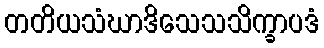
တတိယသံဃာဒိသေသသိက္ခာပဒံ